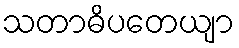
သတာဓိပတေယျာ